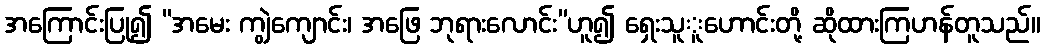
အကြောင်းပြု၍ “အမေး ကျွဲကျောင်း၊ အဖြေ ဘုရားလောင်း”ဟူ၍ ရှေးသူူဟောင်းတို့ ဆိုထားကြဟန်တူသည်။